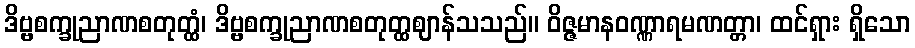
ဒိဗ္ဗစက္ခုညာဏစတုတ္ထံ၊ ဒိဗ္ဗစက္ခုညာဏစတုတ္ထဈာန်သသည်။ ဝိဇ္ဇမာနဝဏ္ဏာရမဏတ္တာ၊ ထင်ရှား ရှိသော